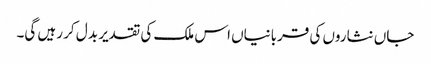
جاں نثاروں کی قربانیاں اس ملک کی تقدیر بد ل کر رہیں گی۔